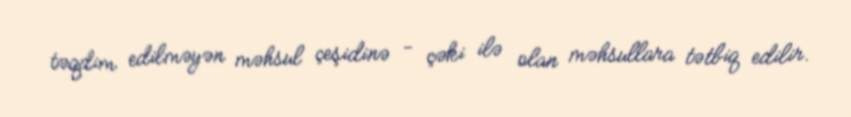
təqdim edilməyən məhsul çeşidinə - çəki ilə olan məhsullara tətbiq edilir.